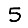
Digit: 5